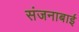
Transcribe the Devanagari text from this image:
संजनाबाई